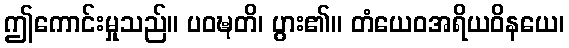
ဤကောင်းမှုသည်။ ပဝဍ္ဎတိ၊ ပွား၏။ တံယေဝအရိယဝိနယေ၊